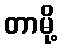
တာမို့